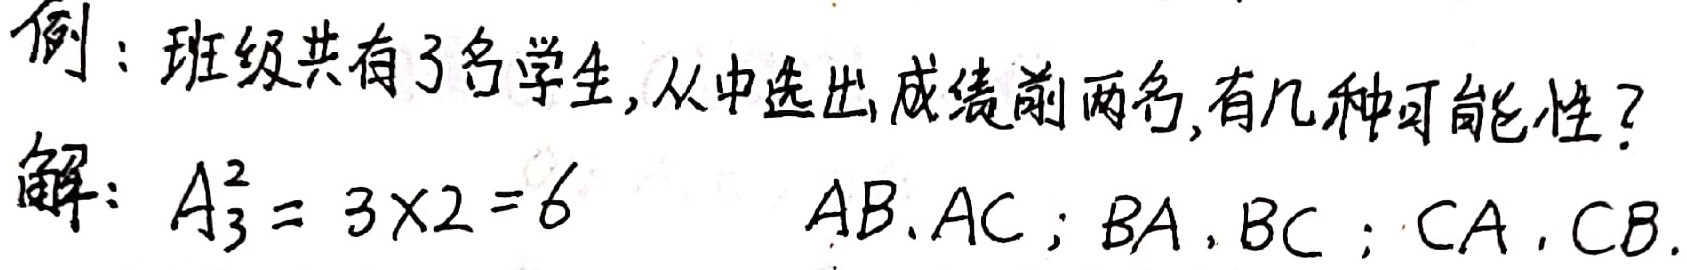
例：班级共有3名学生，从中选出成绩前两名，有几种可能性？
解：\(A_{3}^{2}=3\times2 = 6\)，即 \(AB,AC;BA,BC;CA,CB\)